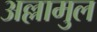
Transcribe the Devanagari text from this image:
अल्लामुल